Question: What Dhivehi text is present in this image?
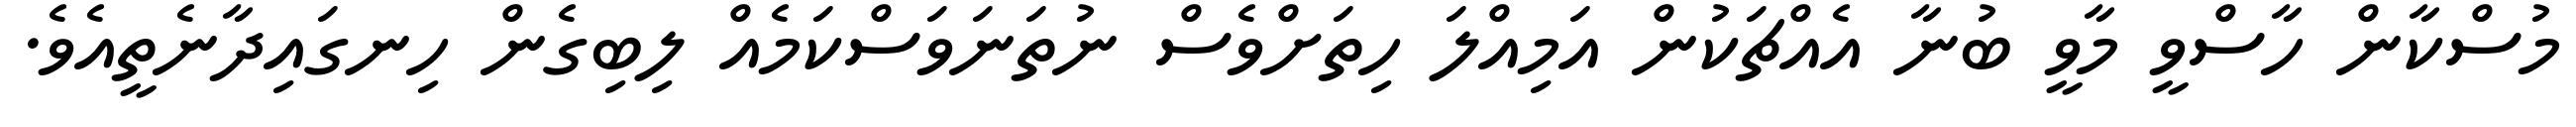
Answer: މުސްކާން ހާސްވީ މާވީ ބުނާ އެއްޗަކުން އަމިއްލަ ހިތަށްވެސް ނުތަނަވަސްކަމެއް ލިބިގެން ހިނގައިދާނެތީއެވެ.